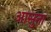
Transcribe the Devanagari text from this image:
आसुता